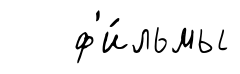
ф'и́льмы